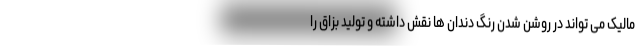
مالیک می تواند در روشن شدن رنگ دندان ها نقش داشته و تولید بزاق را